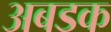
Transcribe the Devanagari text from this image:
अबडक